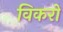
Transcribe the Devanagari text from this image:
विकरों